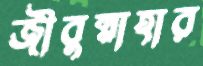
জীবুন্নাহার